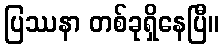
ပြဿနာ တစ်ခုရှိနေပြီ။